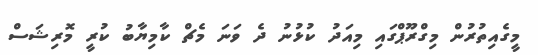
މީގެއިތުރުން މިގްރޫޕްގައި މިއަދު ކުޅުނު ދެ ވަނަ މެޗް ކާމިޔާބު ކުރީ މޮރިޝަސް